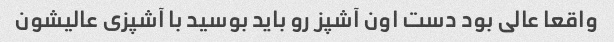
واقعا عالی بود دست اون آشپز رو باید بوسید با آشپزی عالیشون